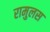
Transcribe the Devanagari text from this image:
रामुलस